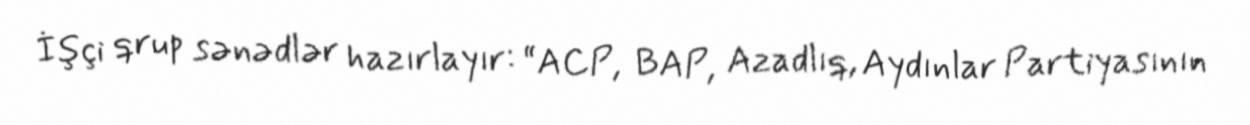
İşçi qrup sənədlər hazırlayır: “ACP, BAP, Azadlıq, Aydınlar Partiyasının